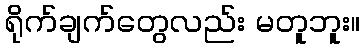
ရိုက်ချက်တွေလည်း မတူဘူး။